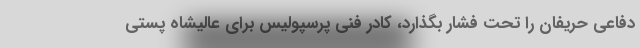
دفاعی حریفان را تحت فشار بگذارد، کادر فنی پرسپولیس برای عالیشاه پستی